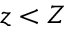
z < Z